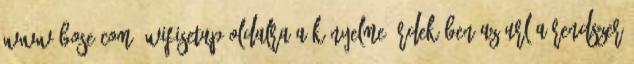
www.Bose.com wifisetup oldalra A kényelme érdekében az URL a rendszer